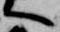
へ